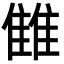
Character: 雔